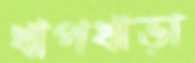
ধাপধাড়া